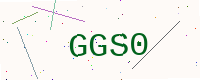
Text: GGS0